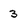
Character: 3